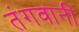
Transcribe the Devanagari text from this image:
तंगवानी